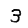
Digit: 3